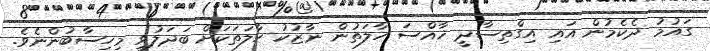
ގައުމު ދެކެމުން އައި އިގްތިސާދީ ޚާއްސަ ހާލަތުން ނާޒުކު ހާލަތަކަށް ބަދަލުވީ މިހިސާބުންނެވެ.